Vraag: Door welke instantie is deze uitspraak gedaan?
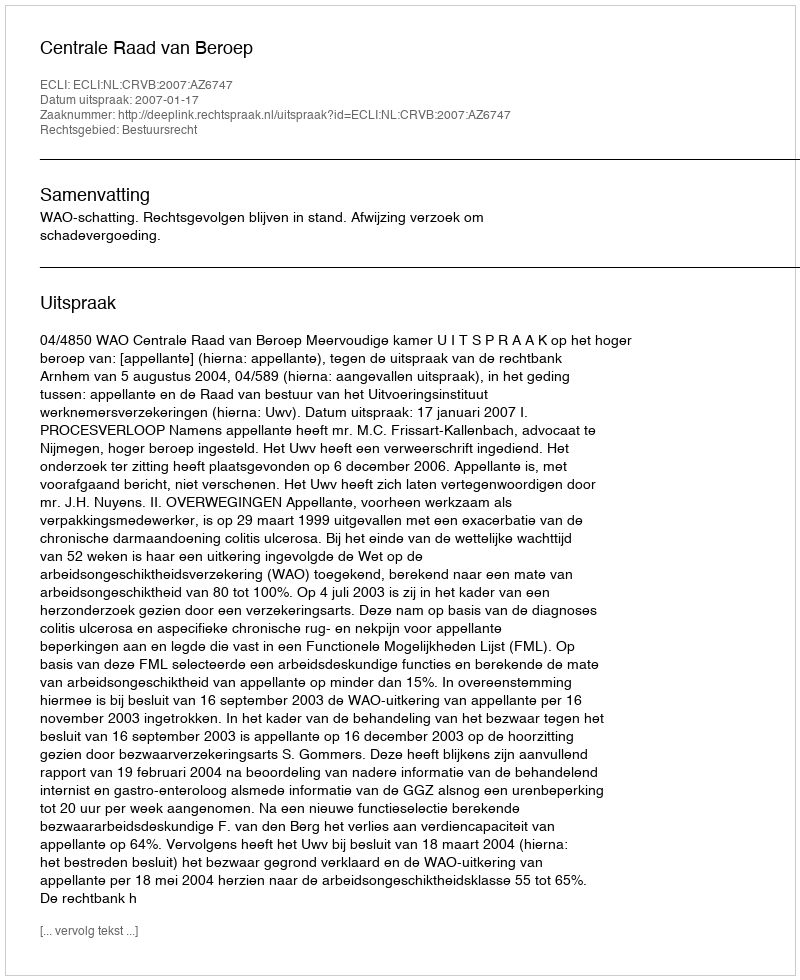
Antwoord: Centrale Raad van Beroep